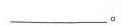
___。